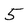
Character: 5